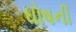
ધોષની